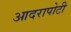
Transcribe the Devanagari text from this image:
आदरापोटी